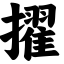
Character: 擢